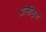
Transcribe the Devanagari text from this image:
प्रोसीड्स